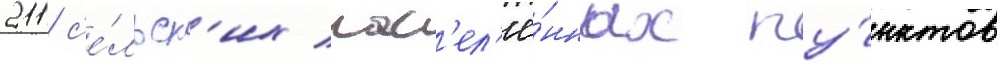
211 с'е́льск'их нас'ел'ё́нных пу́нктов